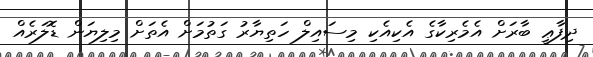
ދިފާޢީ ބާރަށް އެމެރިކާގެ އެކިއެކި މިސައިލް ހަތިޔާރު ގަތުމަށް އެތަށް މިލިޔަން ޑޮލަރެއް